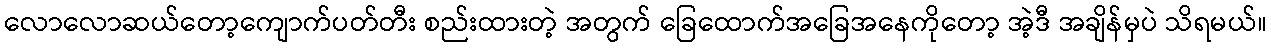
လောလောဆယ်တော့ကျောက်ပတ်တီး စည်းထားတဲ့ အတွက် ခြေထောက်အခြေအနေကိုတော့ အဲ့ဒီ အချိန်မှပဲ သိရမယ်။